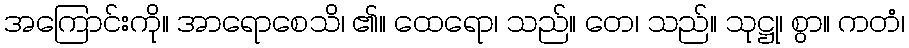
အကြောင်းကို။ အာရောစေသိ၊ ၏။ ထေရော၊ သည်။ တေ၊ သည်။ သုဋ္ဌု၊ စွာ။ ကတံ၊